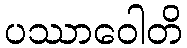
ပဿာဝေါတိ